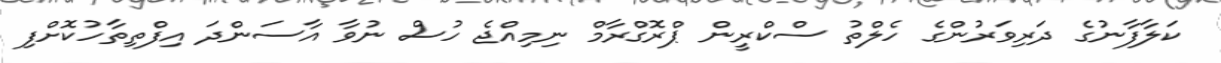
ކަލާފާނުގެ ދަރިވަރުންގެ ހެލްތު ސްކްރީން ޕްރޮގްރާމް ނިމިއްޖެ ހުސް ނުވާ އާސަންދަ އިފްތިތާހުކޮށްފި